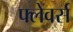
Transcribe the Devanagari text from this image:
फ्लेवर्स